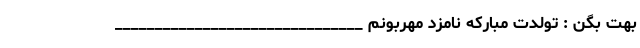
بهت بگن : تولدت مبارکه نامزد مهربونم _______________________________